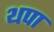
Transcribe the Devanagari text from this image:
थपा